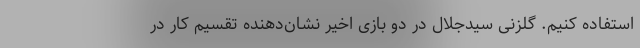
استفاده کنیم. گلزنی سیدجلال در دو بازی اخیر نشان‌دهنده تقسیم کار در